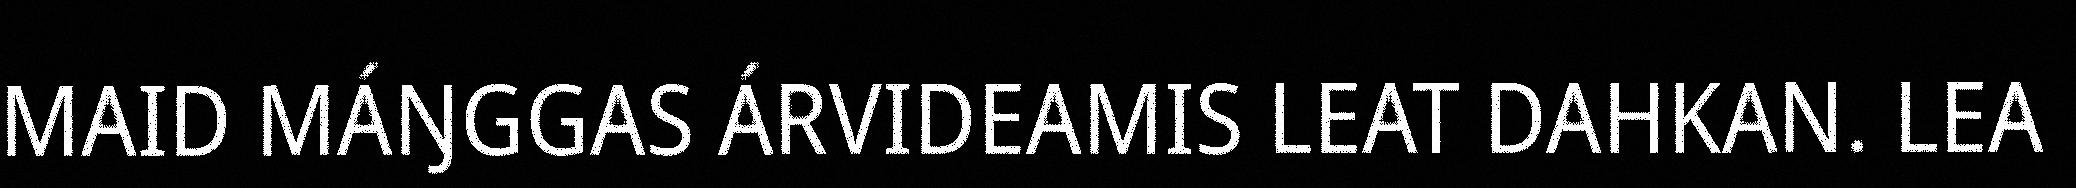
MAID MÁŊGGAS ÁRVIDEAMIS LEAT DAHKAN. LEA